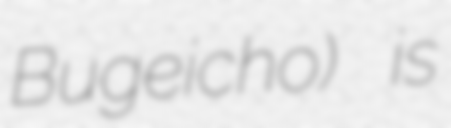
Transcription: Bugeicho) is